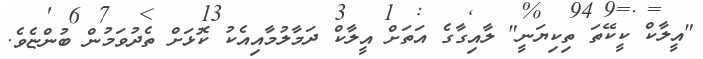
"އީލާކް ކީކޭތަ ތިކިޔަނީ" ލާއިގާގެ އަތަށް އީލާކް ދަމާލުމާއިއެކު ކޮޅަށް ތެދުވަމުން ބުންޏެވެ.